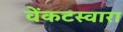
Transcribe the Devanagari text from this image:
वेंकटस्वारा